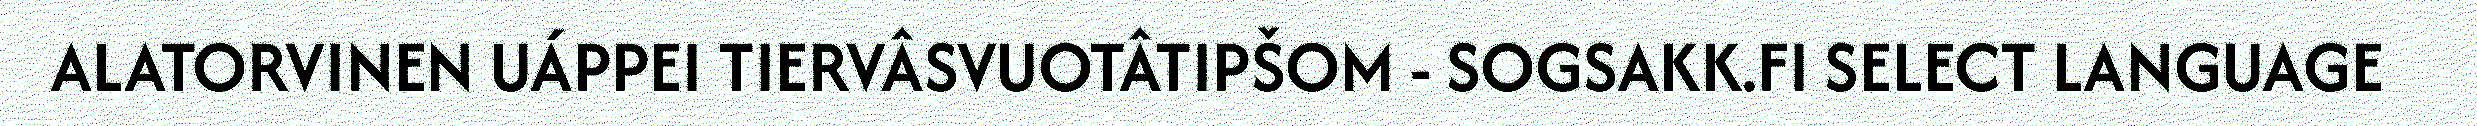
ALATORVINEN UÁPPEI TIERVÂSVUOTÂTIPŠOM - SOGSAKK.FI SELECT LANGUAGE